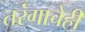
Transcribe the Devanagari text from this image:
तरंगाचेही